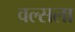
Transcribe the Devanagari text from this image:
वल्‍सला